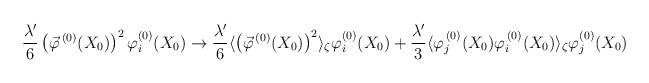
LaTeX: \begin{align*}\frac{\lambda'}{6} \left( \vec{\varphi}^{\, (0)} (X_0) \right)^2 \varphi_i^{(0)} (X_0) \to \frac{\lambda'}{6} \langle \left( \vec{\varphi}^{\, (0)} (X_0) \right)^2 \rangle_\zeta \varphi_i^{(0)} (X_0) + \frac{\lambda'}{3} \langle \varphi_j^{\, (0)} (X_0) \varphi_i^{\, (0)} (X_0) \rangle_\zeta \varphi_j^{(0)} (X_0) \end{align*}